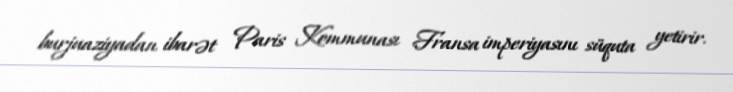
burjuaziyadan ibarət Paris Kommunası Fransa imperiyasını süquta yetirir.